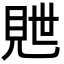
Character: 𬡽